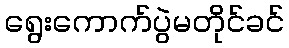
ရွေးကောက်ပွဲမတိုင်ခင်